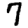
Digit: 7